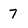
Character: 7